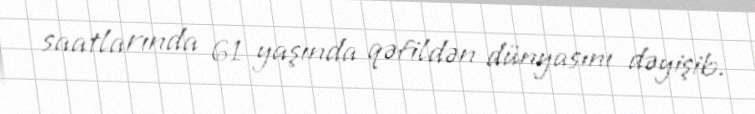
saatlarında 61 yaşında qəfildən dünyasını dəyişib.